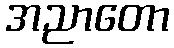
အညာတော